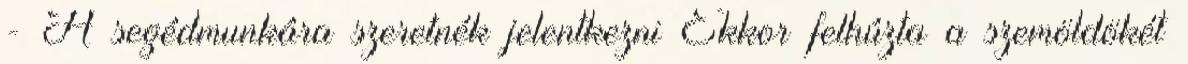
- A segédmunkára szeretnék jelentkezni Ekkor felhúzta a szemöldökét